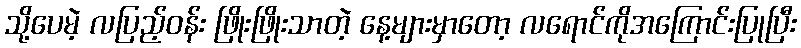
သို့ပေမဲ့ လပြည့်ဝန်း ဖြိုးဖြိုးသာတဲ့ နေ့များမှာတော့ လရောင်ကိုအကြောင်းပြုပြီး